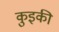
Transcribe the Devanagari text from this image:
कुइकी